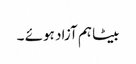
بیٹا ہم آزاد ہوئے ۔